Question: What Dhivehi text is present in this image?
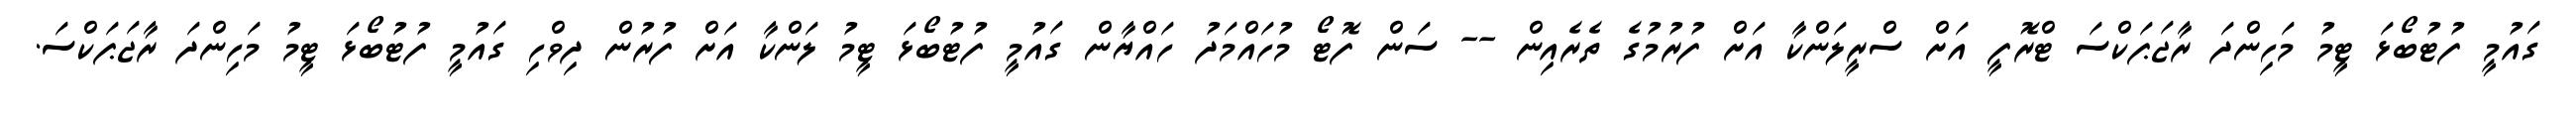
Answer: ގައުމީ ފުޓުބޯޅަ ޓީމު މަހިންދަ ރާޖަޕަކްސަ ޓްރޮފީ އަށް ސްރީލަންކާ އަށް ފުރުމުގެ ތެރެއިން -- ސަން ފޮޓޯ މުހައްމަދު ހައްޔާން ގައުމީ ފުޓުބޯޅަ ޓީމު ލަންކާ އަށް ފުރުން ދިވްހި ގައުމީ ފުޓުބޯޅަ ޓީމު މަހިންދަ ރާޖަޕަކްސަ.